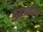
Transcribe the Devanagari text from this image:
युद्धप्रवीण